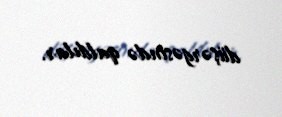
düşərgəsində qaldılar.